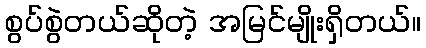
စွပ်စွဲတယ်ဆိုတဲ့ အမြင်မျိုးရှိတယ်။